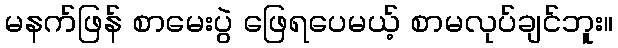
မနက်ဖြန် စာမေးပွဲ ဖြေရပေမယ့် စာမလုပ်ချင်ဘူး။